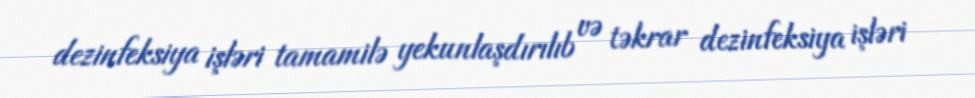
dezinfeksiya işləri tamamilə yekunlaşdırılıb və təkrar dezinfeksiya işləri